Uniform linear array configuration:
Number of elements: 48
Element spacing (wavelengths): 1
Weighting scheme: exponential
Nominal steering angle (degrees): -30
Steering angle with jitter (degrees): -31.259
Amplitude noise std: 0.05
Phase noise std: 0.05

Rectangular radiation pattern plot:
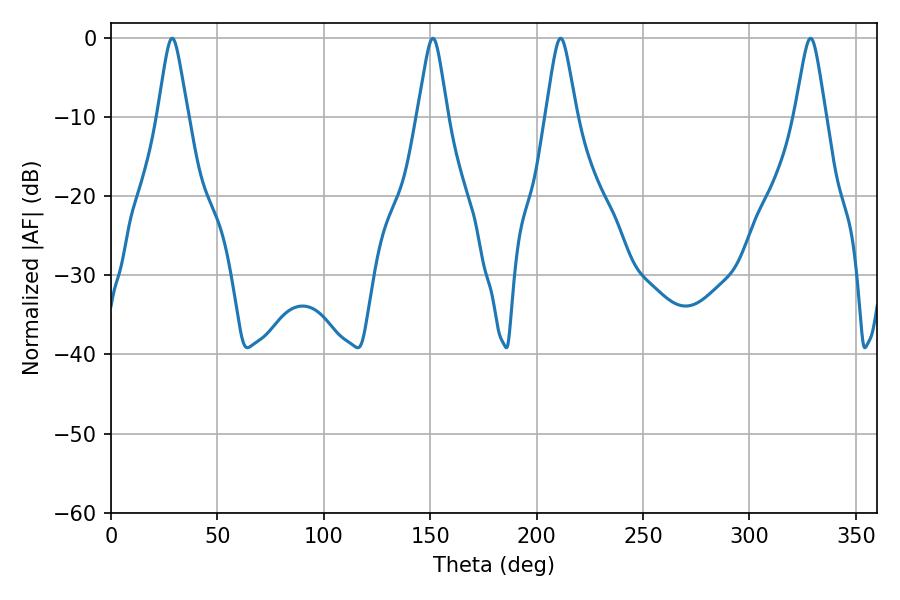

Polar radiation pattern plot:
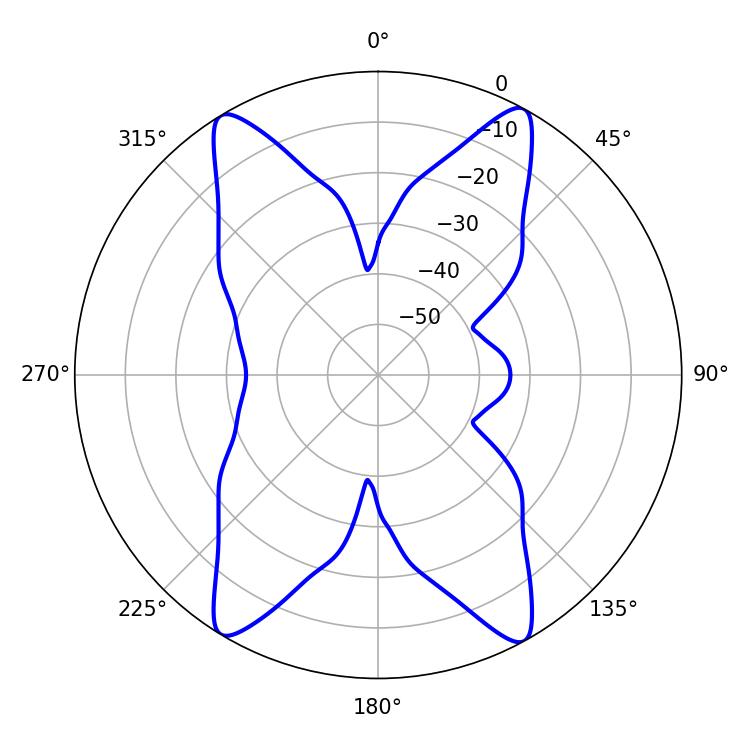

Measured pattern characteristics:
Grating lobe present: TRUE
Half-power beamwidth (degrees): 6.48
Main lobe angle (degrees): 28.8